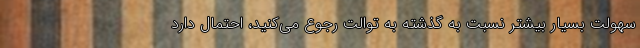
سهولت بسیار بیشتر نسبت به گذشته به توالت رجوع می‌کنید، احتمال دارد